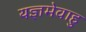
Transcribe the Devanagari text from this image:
यज्ञमेवाहु